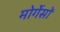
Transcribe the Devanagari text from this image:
मोर्गेसों